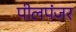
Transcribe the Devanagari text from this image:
पीलपंजर